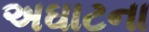
અઘાટના